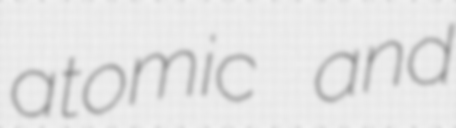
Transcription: atomic and